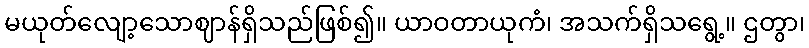
မယုတ်လျော့သောဈာန်ရှိသည်ဖြစ်၍။ ယာဝတာယုကံ၊ အသက်ရှိသရွေ့။ ဌတွာ၊